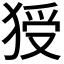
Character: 𤟗